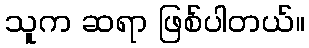
သူက ဆရာ ဖြစ်ပါတယ်။